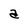
Character: a